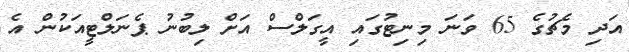
އަދި މެޗުގެ 65 ވަނަ މިނިޓުގައި އީގަލްސް އަށް ލިބުނު ޕެނަލްޓީއަކުން އެ